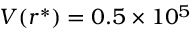
V ( r ^ { * } ) = 0 . 5 \times 1 0 ^ { 5 }